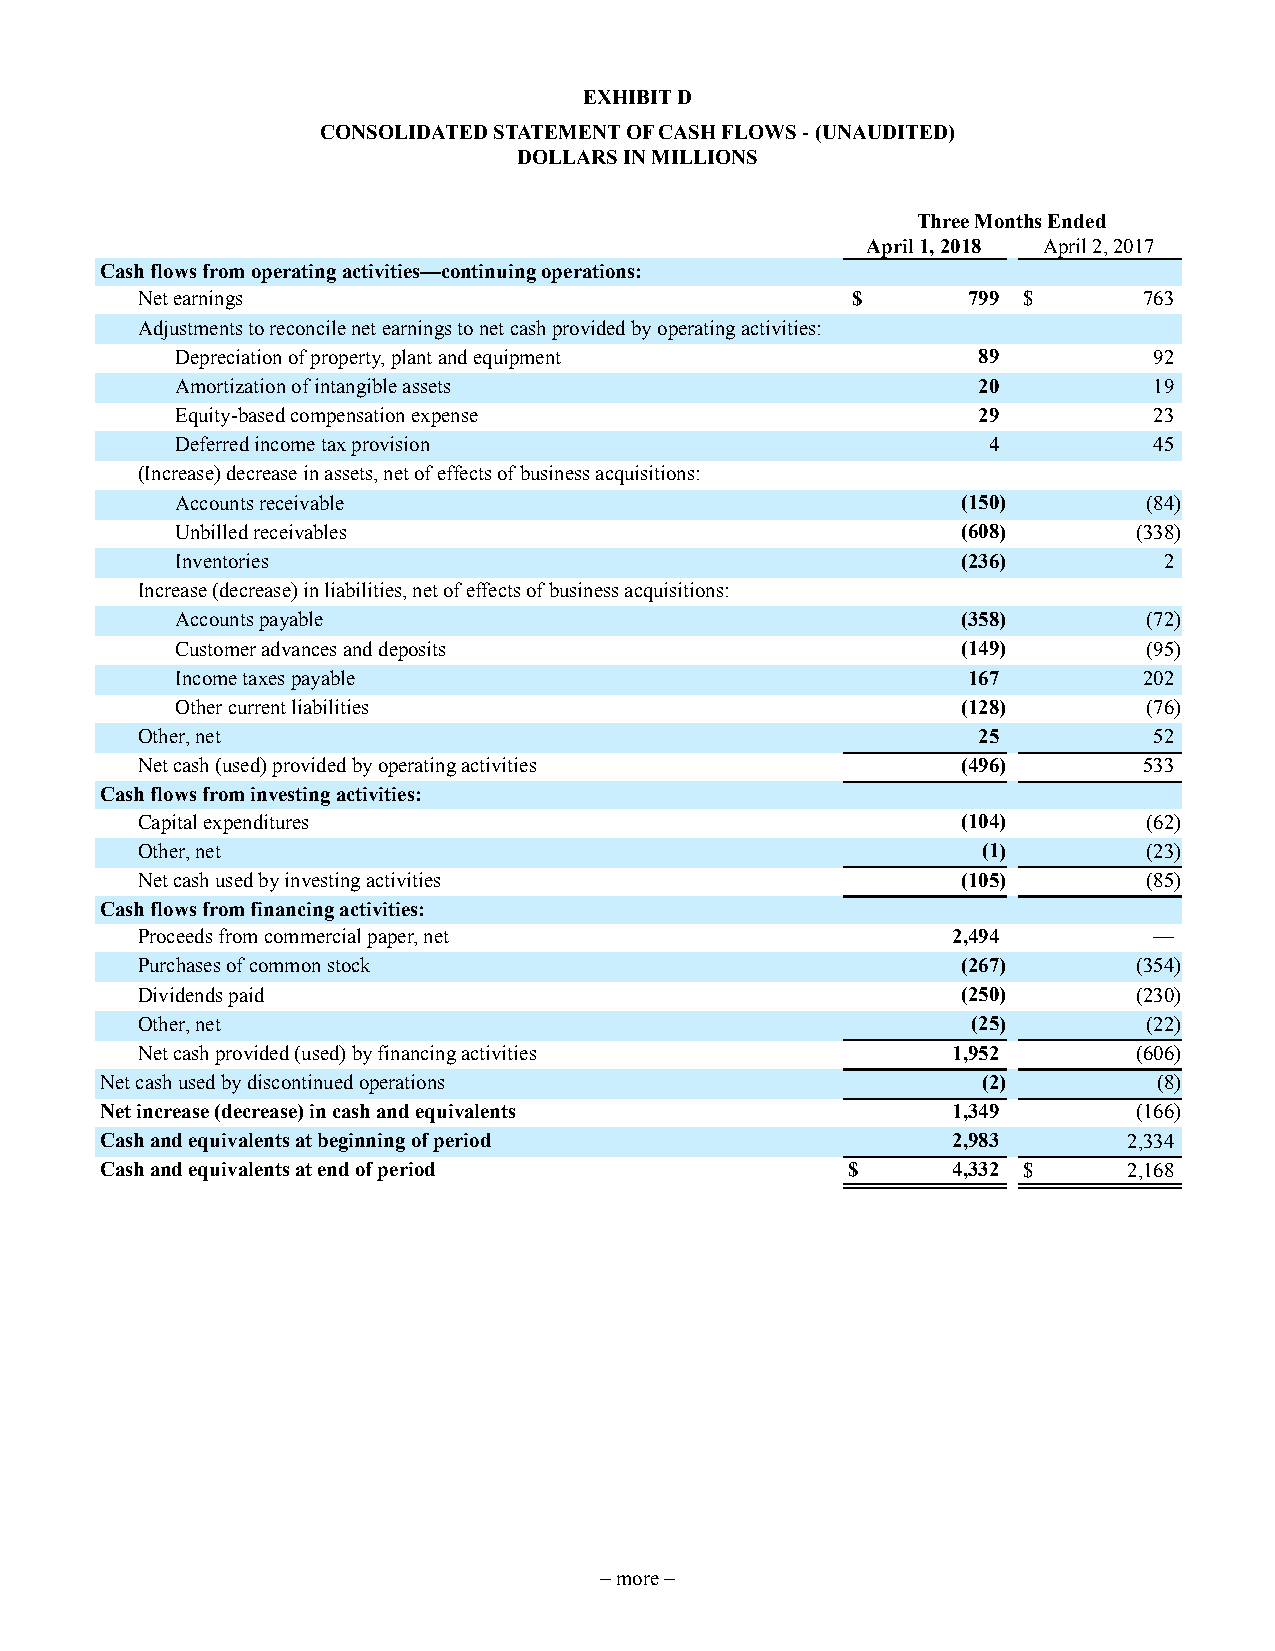
EXHIBIT D
 CONSOLIDATED STATEMENT OF CASH FLOWS - (UNAUDITED)
 DOLLARS IN MILLIONS
 Three Months Ended
 April 1, 2018 April 2, 2017
 Cash flows from operating activities—continuing operations:
 Net earnings                                   $       799 $       763
 Adjustments to reconcile net earnings to net cash provided by operating activities:
 Depreciation of property, plant and equipment        89         92
 Amortization of intangible assets                    20         19
 Equity-based compensation expense                    29         23
 Deferred income tax provision                        4          45
 (Increase) decrease in assets, net of effects of business acquisitions:
 Accounts receivable                                 (150)       (84)
 Unbilled receivables                                (608)      (338)
 Inventories                                         (236)        2
 Increase (decrease) in liabilities, net of effects of business acquisitions:
 Accounts payable                                    (358)       (72)
 Customer advances and deposits                      (149)       (95)
 Income taxes payable                                167         202
 Other current liabilities                           (128)       (76)
 Other, net                                              25         52
 Net cash (used) provided by operating activities       (496)       533
 Cash flows from investing activities:
 Capital expenditures                                   (104)       (62)
 Other, net                                              (1)        (23)
 Net cash used by investing activities                  (105)       (85)
 Cash flows from financing activities:
 Proceeds from commercial paper, net                   2,494        —
 Purchases of common stock                              (267)      (354)
 Dividends paid                                         (250)      (230)
 Other, net                                             (25)        (22)
 Net cash provided (used) by financing activities      1,952       (606)
 Net cash used by discontinued operations                  (2)         (8)
 Net increase (decrease) in cash and equivalents         1,349       (166)
 Cash and equivalents at beginning of period             2,983       2,334
 Cash and equivalents at end of period            $      4,332 $     2,168
 – more –